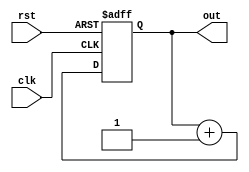
module pc(clk,out,rst);
	input clk,rst;
	output [20:0] out;
	reg [20:0] i;
always @(posedge clk or negedge rst)
begin
 if (!rst)
	 i<= 16'd0;
	else
	i = i +16'd1;
end
assign out = i;
endmodule